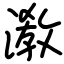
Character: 漖